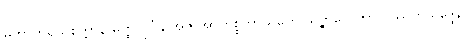
မဟာကိရိယစိတ္တာနိ မတ္ထလုင်္ဂန္တိ အဇ အာဟစ္စဘာသိတေ သဉ္စာလေတွာ ဝဿိတသဒ္ဒေန